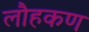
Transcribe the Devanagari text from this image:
लौहकण